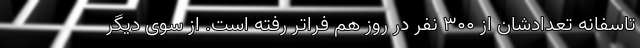
تاسفانه تعدادشان از ۳۰۰ نفر در روز هم فراتر رفته است. از سوی دیگر